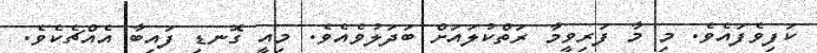
ކަފިވެފައެވެ. މި މާ ފަރިވީމާ ރަތްކުލައަށް ބަދަލުވެއެވެ. މިއީ ގޮނޑި ފައިބާ އެއްޗެކެވެ.